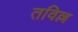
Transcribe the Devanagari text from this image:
तविल्ल